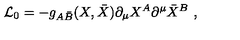
{ \cal L } _ { 0 } = - g _ { A \bar { B } } ( X , \bar { X } ) \partial _ { \mu } X ^ { A } \partial ^ { \mu } \bar { X } ^ { B } \ ,